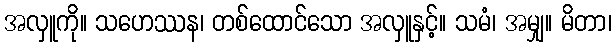
အလှူကို။ သဟေဿန၊ တစ်ထောင်သော အလှူနှင့်။ သမံ၊ အမျှ။ မိတာ၊